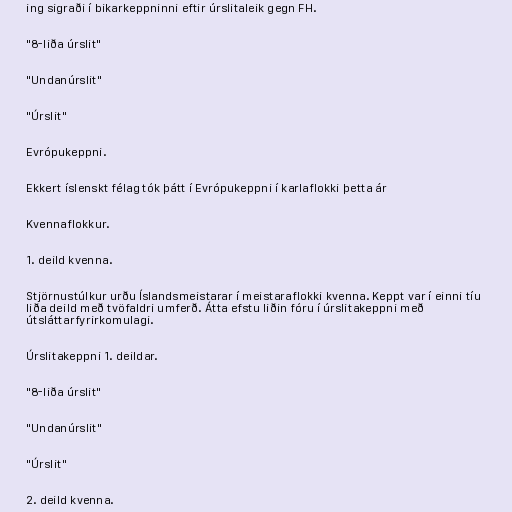
ing sigraði í bikarkeppninni eftir úrslitaleik gegn FH.

"8-liða úrslit"

"Undanúrslit"

"Úrslit"

Evrópukeppni.

Ekkert íslenskt félag tók þátt í Evrópukeppni í karlaflokki þetta ár

Kvennaflokkur.

1. deild kvenna.

Stjörnustúlkur urðu Íslandsmeistarar í meistaraflokki kvenna. Keppt var í einni tíu
liða deild með tvöfaldri umferð. Átta efstu liðin fóru í úrslitakeppni með
útsláttarfyrirkomulagi.

Úrslitakeppni 1. deildar.

"8-liða úrslit"

"Undanúrslit"

"Úrslit"

2. deild kvenna.